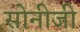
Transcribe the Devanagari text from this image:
सोनीजी